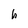
Character: h